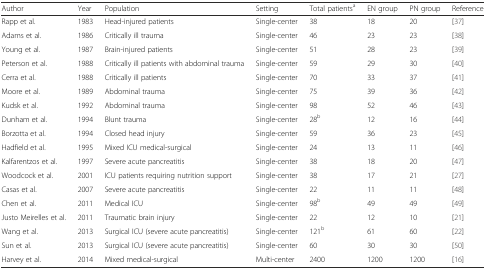
<table><thead><tr><td><b>Author</b></td><td><b>Year</b></td><td><b>Population</b></td><td><b>Setting</b></td><td><b>Total patients<sup>a</sup></b></td><td><b>EN group</b></td><td><b>PN group</b></td><td><b>Reference</b></td></tr></thead><tbody><tr><td>Rapp et al.</td><td>1983</td><td>Head-injured patients</td><td>Single-center</td><td>38</td><td>18</td><td>20</td><td>[37]</td></tr><tr><td>Adams et al.</td><td>1986</td><td>Critically ill trauma</td><td>Single-center</td><td>46</td><td>23</td><td>23</td><td>[38]</td></tr><tr><td>Young et al.</td><td>1987</td><td>Brain-injured patients</td><td>Single-center</td><td>51</td><td>28</td><td>23</td><td>[39]</td></tr><tr><td>Peterson et al.</td><td>1988</td><td>Critically ill patients with abdominal trauma</td><td>Single-center</td><td>59</td><td>29</td><td>30</td><td>[40]</td></tr><tr><td>Cerra et al.</td><td>1988</td><td>Critically ill patients</td><td>Single-center</td><td>70</td><td>33</td><td>37</td><td>[41]</td></tr><tr><td>Moore et al.</td><td>1989</td><td>Abdominal trauma</td><td>Single-center</td><td>75</td><td>39</td><td>36</td><td>[42]</td></tr><tr><td>Kudsk et al.</td><td>1992</td><td>Abdominal trauma</td><td>Single-center</td><td>98</td><td>52</td><td>46</td><td>[43]</td></tr><tr><td>Dunham et al.</td><td>1994</td><td>Blunt trauma</td><td>Single-center</td><td>28<sup>b</sup></td><td>12</td><td>16</td><td>[44]</td></tr><tr><td>Borzotta et al.</td><td>1994</td><td>Closed head injury</td><td>Single-center</td><td>59</td><td>36</td><td>23</td><td>[45]</td></tr><tr><td>Hadfield et al.</td><td>1995</td><td>Mixed ICU medical-surgical</td><td>Single-center</td><td>24</td><td>13</td><td>11</td><td>[46]</td></tr><tr><td>Kalfarentzos et al.</td><td>1997</td><td>Severe acute pancreatitis</td><td>Single-center</td><td>38</td><td>18</td><td>20</td><td>[47]</td></tr><tr><td>Woodcock et al.</td><td>2001</td><td>ICU patients requiring nutrition support</td><td>Single-center</td><td>38</td><td>17</td><td>21</td><td>[27]</td></tr><tr><td>Casas et al.</td><td>2007</td><td>Severe acute pancreatitis</td><td>Single-center</td><td>22</td><td>11</td><td>11</td><td>[48]</td></tr><tr><td>Chen et al.</td><td>2011</td><td>Medical ICU</td><td>Single-center</td><td>98<sup>b</sup></td><td>49</td><td>49</td><td>[49]</td></tr><tr><td>Justo Meirelles et al.</td><td>2011</td><td>Traumatic brain injury</td><td>Single-center</td><td>22</td><td>12</td><td>10</td><td>[21]</td></tr><tr><td>Wang et al.</td><td>2013</td><td>Surgical ICU (severe acute pancreatitis)</td><td>Single-center</td><td>121<sup>b</sup></td><td>61</td><td>60</td><td>[22]</td></tr><tr><td>Sun et al.</td><td>2013</td><td>Surgical ICU (severe acute pancreatitis)</td><td>Single-center</td><td>60</td><td>30</td><td>30</td><td>[50]</td></tr><tr><td>Harvey et al.</td><td>2014</td><td>Mixed medical-surgical</td><td>Multi-center</td><td>2400</td><td>1200</td><td>1200</td><td>[16]</td></tr></tbody></table>